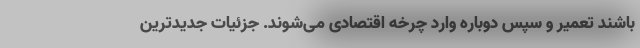
باشند تعمیر و سپس دوباره وارد چرخه اقتصادی می‌شوند. جزئیات جدیدترین